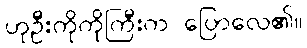
ဟုဦးကိုကိုကြီးက ပြောလေ၏။